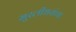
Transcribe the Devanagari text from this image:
मुरलीधरांचा